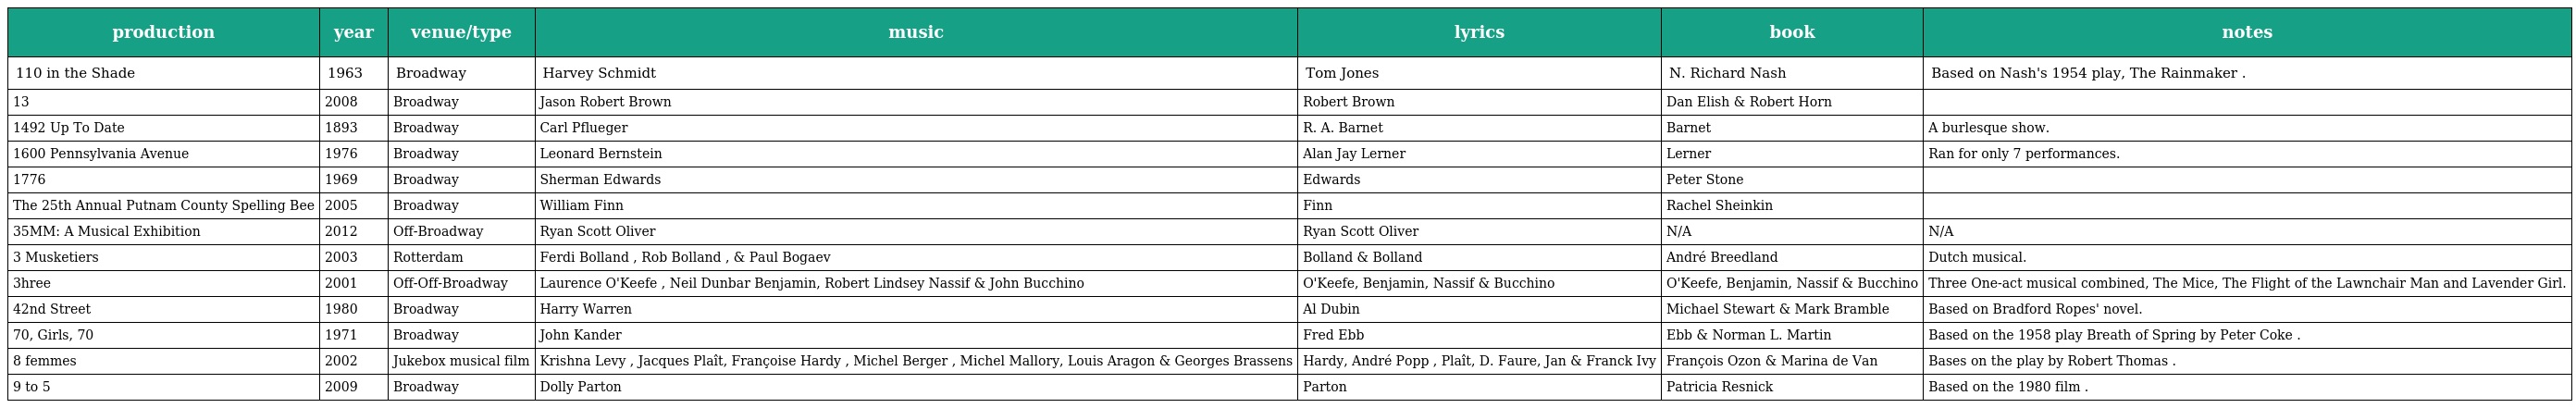
| production | year | venue/type | music | lyrics | book | notes |
 | --- | --- | --- | --- | --- | --- | --- |
 | 110 in the Shade | 1963 | Broadway | Harvey Schmidt | Tom Jones | N. Richard Nash | Based on Nash's 1954 play, The Rainmaker . |
 | 13 | 2008 | Broadway | Jason Robert Brown | Robert Brown | Dan Elish & Robert Horn |  |
 | 1492 Up To Date | 1893 | Broadway | Carl Pflueger | R. A. Barnet | Barnet | A burlesque show. |
 | 1600 Pennsylvania Avenue | 1976 | Broadway | Leonard Bernstein | Alan Jay Lerner | Lerner | Ran for only 7 performances. |
 | 1776 | 1969 | Broadway | Sherman Edwards | Edwards | Peter Stone |  |
 | The 25th Annual Putnam County Spelling Bee | 2005 | Broadway | William Finn | Finn | Rachel Sheinkin |  |
 | 35MM: A Musical Exhibition | 2012 | Off-Broadway | Ryan Scott Oliver | Ryan Scott Oliver | N/A | N/A |
 | 3 Musketiers | 2003 | Rotterdam | Ferdi Bolland , Rob Bolland , & Paul Bogaev | Bolland & Bolland | André Breedland | Dutch musical. |
 | 3hree | 2001 | Off-Off-Broadway | Laurence O'Keefe , Neil Dunbar Benjamin, Robert Lindsey Nassif & John Bucchino | O'Keefe, Benjamin, Nassif & Bucchino | O'Keefe, Benjamin, Nassif & Bucchino | Three One-act musical combined, The Mice, The Flight of the Lawnchair Man and Lavender Girl. |
 | 42nd Street | 1980 | Broadway | Harry Warren | Al Dubin | Michael Stewart & Mark Bramble | Based on Bradford Ropes' novel. |
 | 70, Girls, 70 | 1971 | Broadway | John Kander | Fred Ebb | Ebb & Norman L. Martin | Based on the 1958 play Breath of Spring by Peter Coke . |
 | 8 femmes | 2002 | Jukebox musical film | Krishna Levy , Jacques Plaît, Françoise Hardy , Michel Berger , Michel Mallory, Louis Aragon & Georges Brassens | Hardy, André Popp , Plaît, D. Faure, Jan & Franck Ivy | François Ozon & Marina de Van | Bases on the play by Robert Thomas . |
 | 9 to 5 | 2009 | Broadway | Dolly Parton | Parton | Patricia Resnick | Based on the 1980 film . |